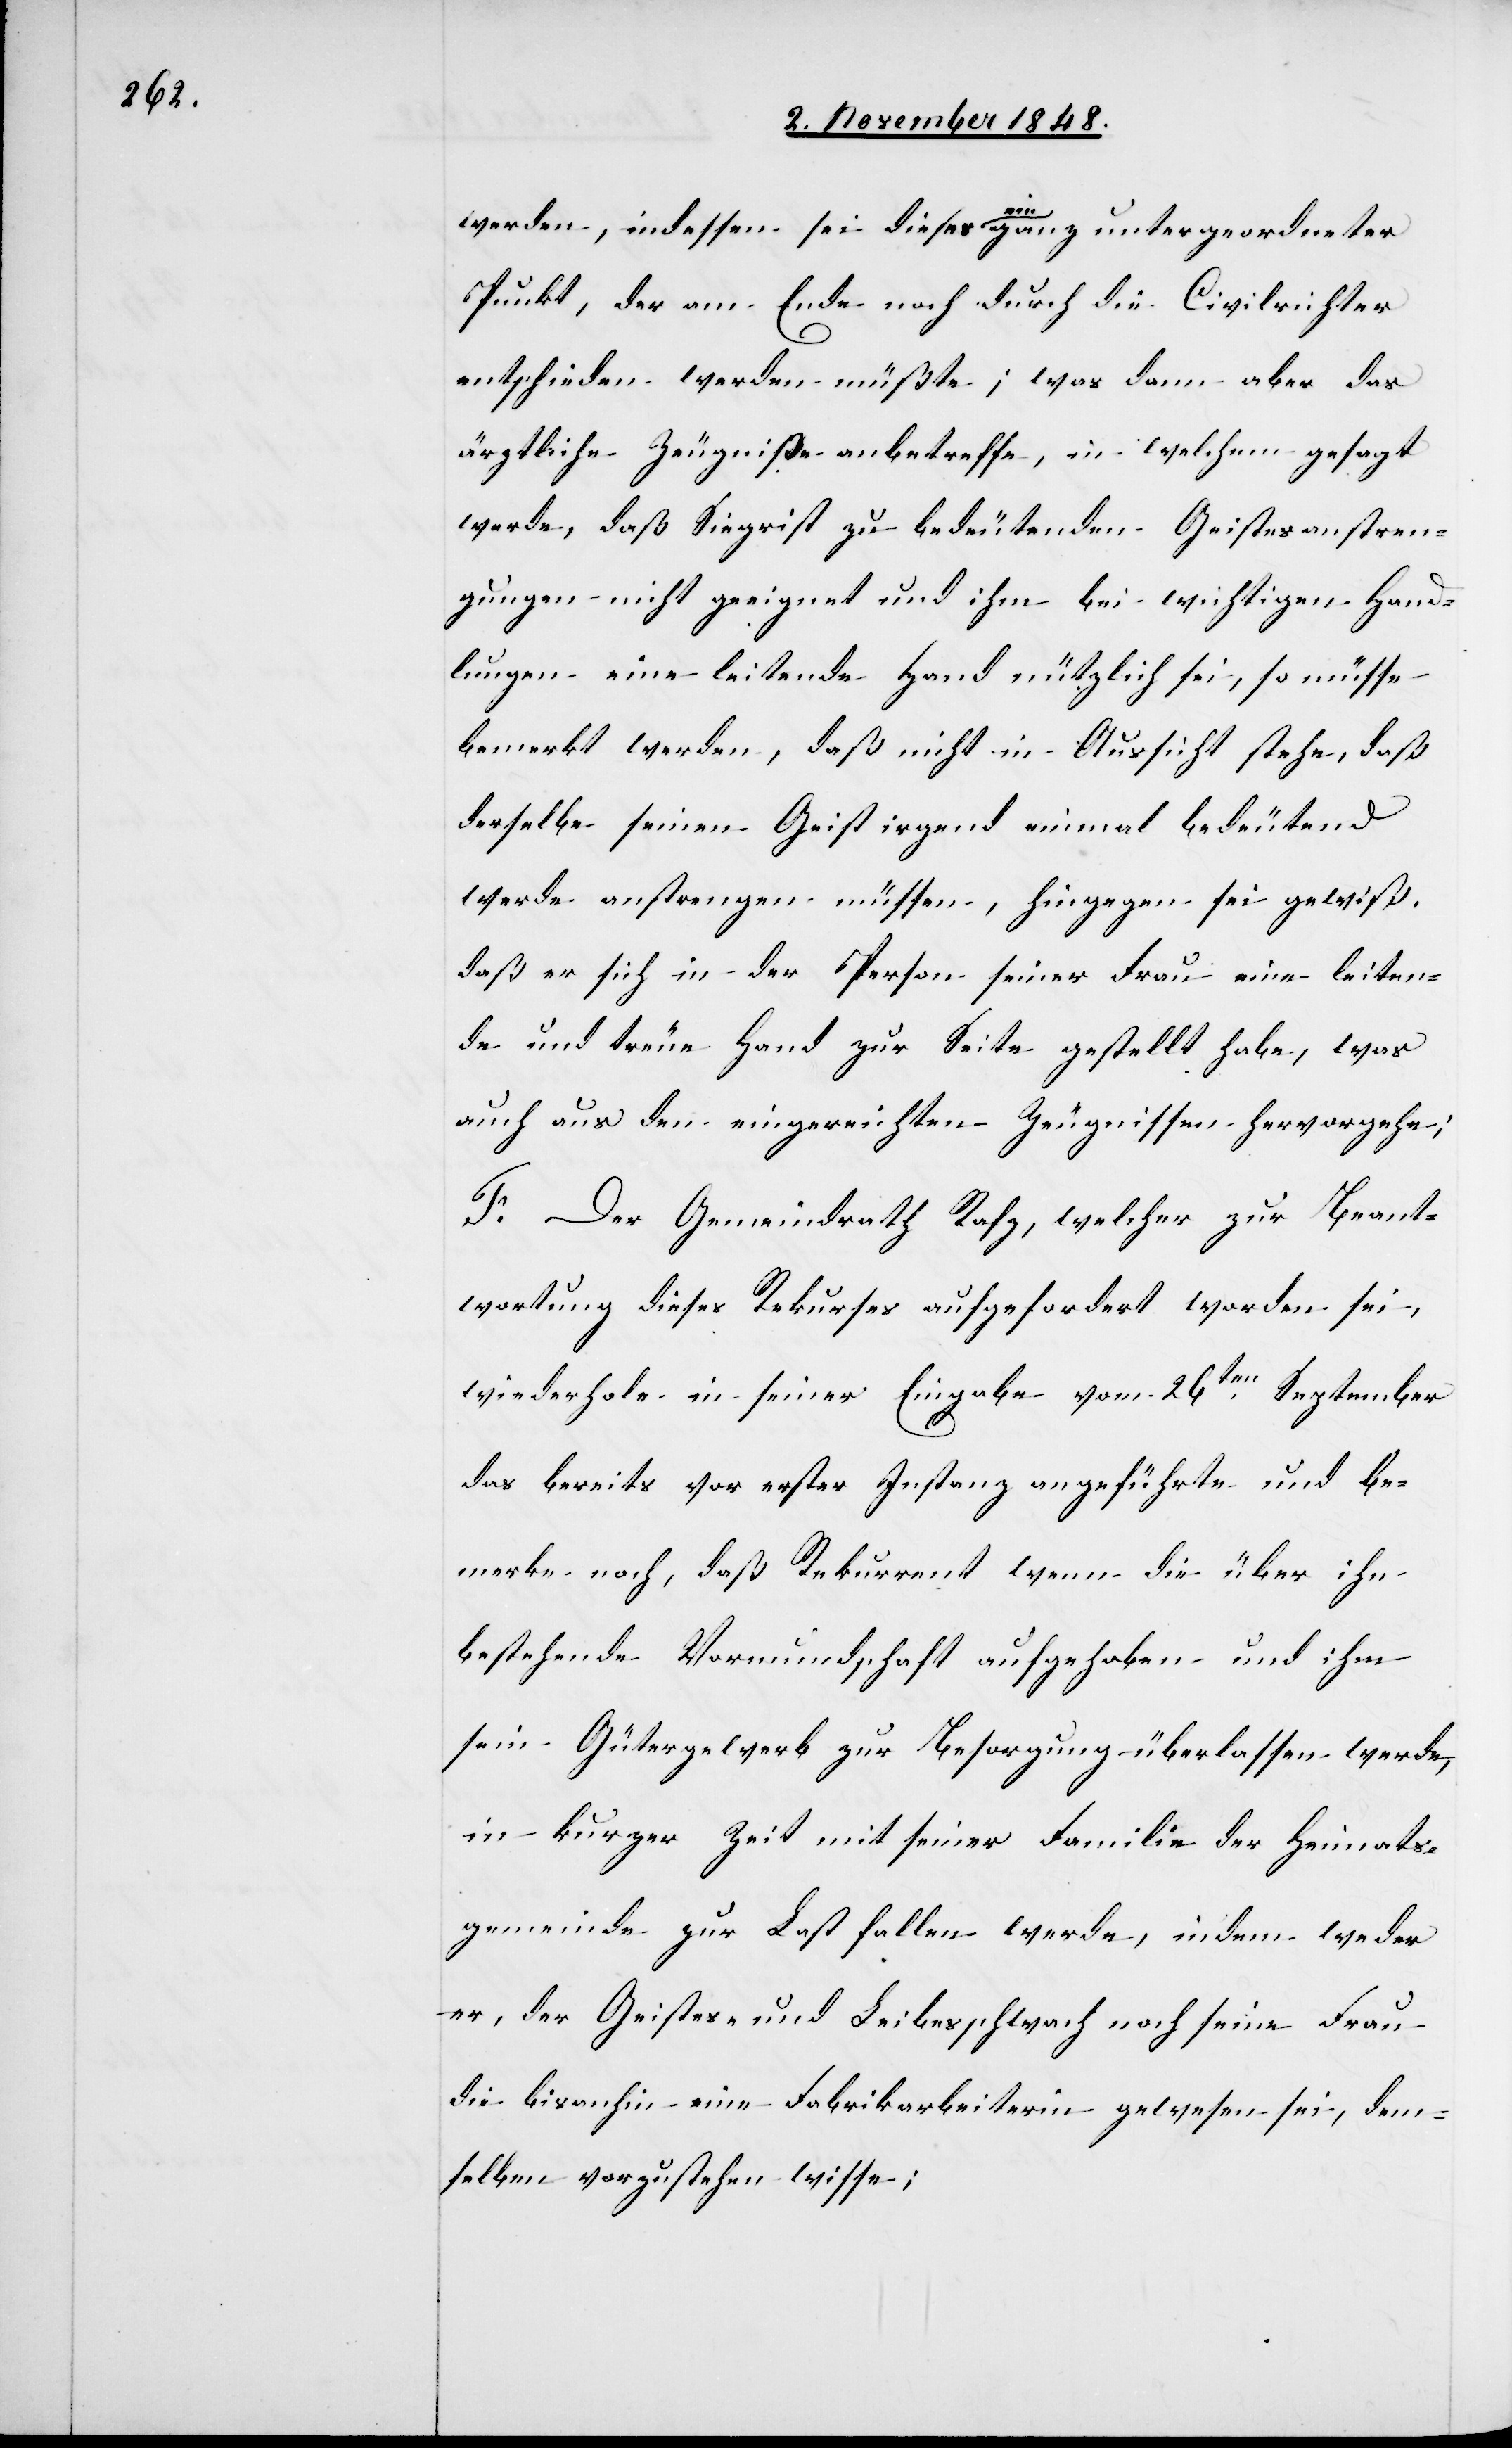
werden, indessen sei dieses ein ganz untergeordneter
Punkt, der am Ende noch durch die Civilrichter
entschieden werden müßte; was dann aber das
ärztliche Zeugniße anbetreffe, in welchem gesagt
werde, daß Siegrist zu bedeutenden Geistesanstren¬
gungen nicht geeignet und ihm bei wichtigen Hand¬
lungen eine leitende Hand nützlich sei, so müsse
bemerkt werden, daß nicht in Aussicht stehe, daß
derselbe seinen Geist irgend einmal bedeutend
werde anstrengen müssen, hingegen sei gewiß,
daß er sich in der Person seiner Frau eine leiten¬
de und treue Hand zur Seite gestellt habe, was
auch aus den eingereichten Zeugnissen hervorgehe;
F. Der Gemeindrath Rafz, welcher zur Beant¬
wortung dieses Rekurses aufgefordert worden sei,
wiederhole in seiner Eingabe vom 26ten September
das bereits vor erster Instanz angeführte und be¬
merke noch, daß Rekurrent wenn die über ihn
bestehende Vormundschaft aufgehoben und ihm
sein Gütergewerb zur Besorgung überlassen werde,
in kurzer Zeit mit seiner Familie der Heimats¬
gemeinde zur Last fallen werde, indem weder
er, der Geistes- und Leibesschwach noch seine Frau
die bisanhin eine Fabrikarbeiterin gewesen sei, dem¬
selben vorzustehen wisse;